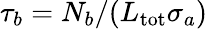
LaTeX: \tau_{b}=N_{b}/(L_{\mathrm{tot}}\sigma_{a})